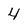
Character: 4